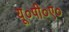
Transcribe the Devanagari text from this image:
यू०पी०ए०